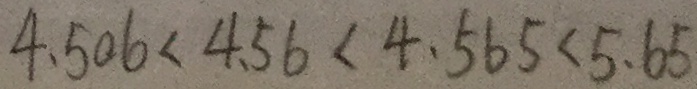
4 . 5 0 6 < 4 . 5 6 < 4 . 5 6 5 < 5 . 6 5